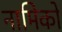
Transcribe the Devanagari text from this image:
नामिको